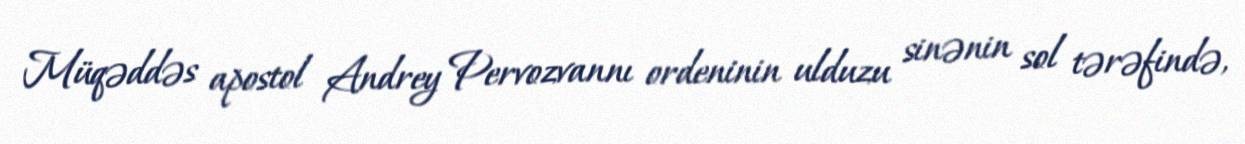
Müqəddəs apostol Andrey Pervozvannı ordeninin ulduzu sinənin sol tərəfində,